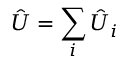
\hat { U } = \sum _ { i } \hat { U } _ { i }